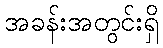
အခန်းအတွင်းရှိ